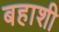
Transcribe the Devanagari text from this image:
बहाशी